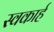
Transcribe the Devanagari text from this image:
स्वकार्ह